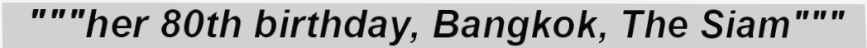
"""her 80th birthday, Bangkok, The Siam"""